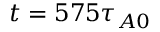
t = 5 7 5 \tau _ { A 0 }